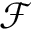
\mathcal { F }